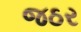
જઠર